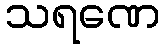
သရဏေ